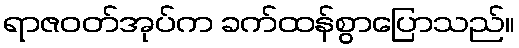
ရာဇဝတ်အုပ်က ခက်ထန်စွာပြောသည်။